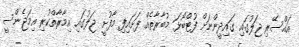
އައްސޭރި ޖަލުގައި ގައިދީންނަށް ފުޓްބޯޅަ މުބާރާތެއް ފަށައިފި މާފުށީ ޖަލުގައި އިމާރާތްކުރި އިމަޖެންސީ